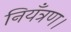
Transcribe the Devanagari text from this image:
नियँत्रण।